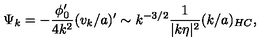
\Psi _ { k } = - \frac { \phi _ { 0 } ^ { \prime } } { 4 k ^ { 2 } } ( v _ { k } / a ) ^ { \prime } \sim k ^ { - 3 / 2 } \frac { 1 } { | k \eta | ^ { 2 } } ( k / a ) _ { H C } ,